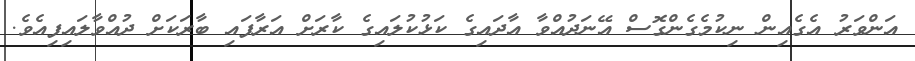
އަންވަރު އެގެއިން ނިކުމެގެންގޮސް އޭނަދުއްވާ އާދައިގެ ކަޅުކުލައިގެ ކާރަށް އަރާފައި ބާރަކަށް ދުއްވާލައިފިއެވެ.